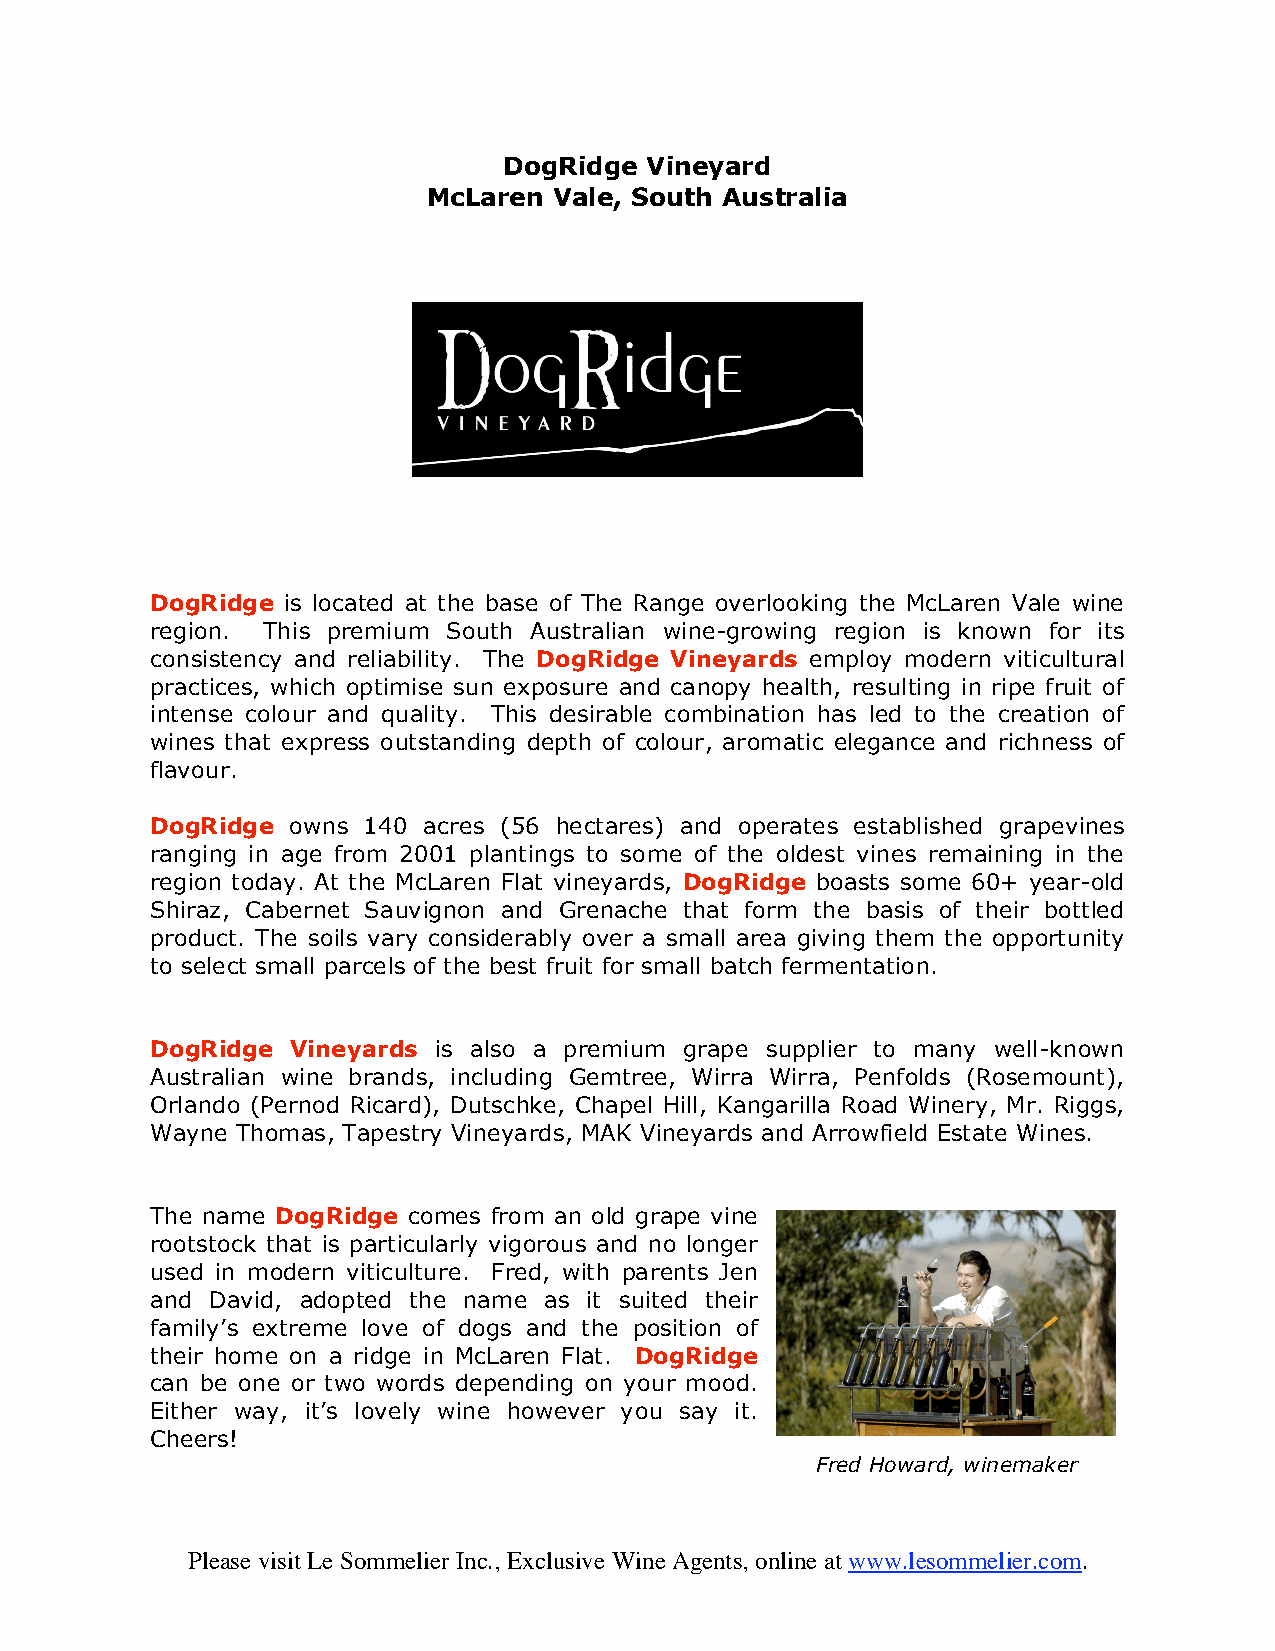
DogRidge  Vineyard
 McLaren  Vale, South Australia
 DogRidge is located at the base of The Range overlooking the McLaren Vale wine
 region. This premium South Australian wine-growing region is known for its
 consistency and reliability. The DogRidge Vineyards employ modern viticultural
 practices, which optimise sun exposure and canopy health, resulting in ripe fruit of
 intense colour and quality. This desirable combination has led to the creation of
 wines that express outstanding depth of colour, aromatic elegance and richness of
 flavour.
 DogRidge owns 140 acres (56 hectares) and operates established grapevines
 ranging in age from 2001 plantings to some of the oldest vines remaining in the
 region today. At the McLaren Flat vineyards, DogRidge boasts some 60+ year-old
 Shiraz, Cabernet Sauvignon and Grenache that form the basis of their bottled
 product. The soils vary considerably over a small area giving them the opportunity
 to select small parcels of the best fruit for small batch fermentation.
 DogRidge Vineyards is also a premium grape supplier to many well-known
 Australian wine brands, including Gemtree, Wirra Wirra, Penfolds (Rosemount),
 Orlando (Pernod Ricard), Dutschke, Chapel Hill, Kangarilla Road Winery, Mr. Riggs,
 Wayne Thomas, Tapestry Vineyards, MAK Vineyards and Arrowfield Estate Wines.
 The name DogRidge comes from an old grape vine
 rootstock that is particularly vigorous and no longer
 used in modern viticulture. Fred, with parents Jen
 and David, adopted the name as it suited their
 family’s extreme love of dogs and the position of
 their home on a ridge in McLaren Flat. DogRidge
 can be one or two words depending on your mood.
 Either way, it’s lovely wine however you say it.
 Cheers!
 Fred Howard, winemaker
 Please visit Le Sommelier Inc., Exclusive Wine Agents, online at www.lesommelier.com.